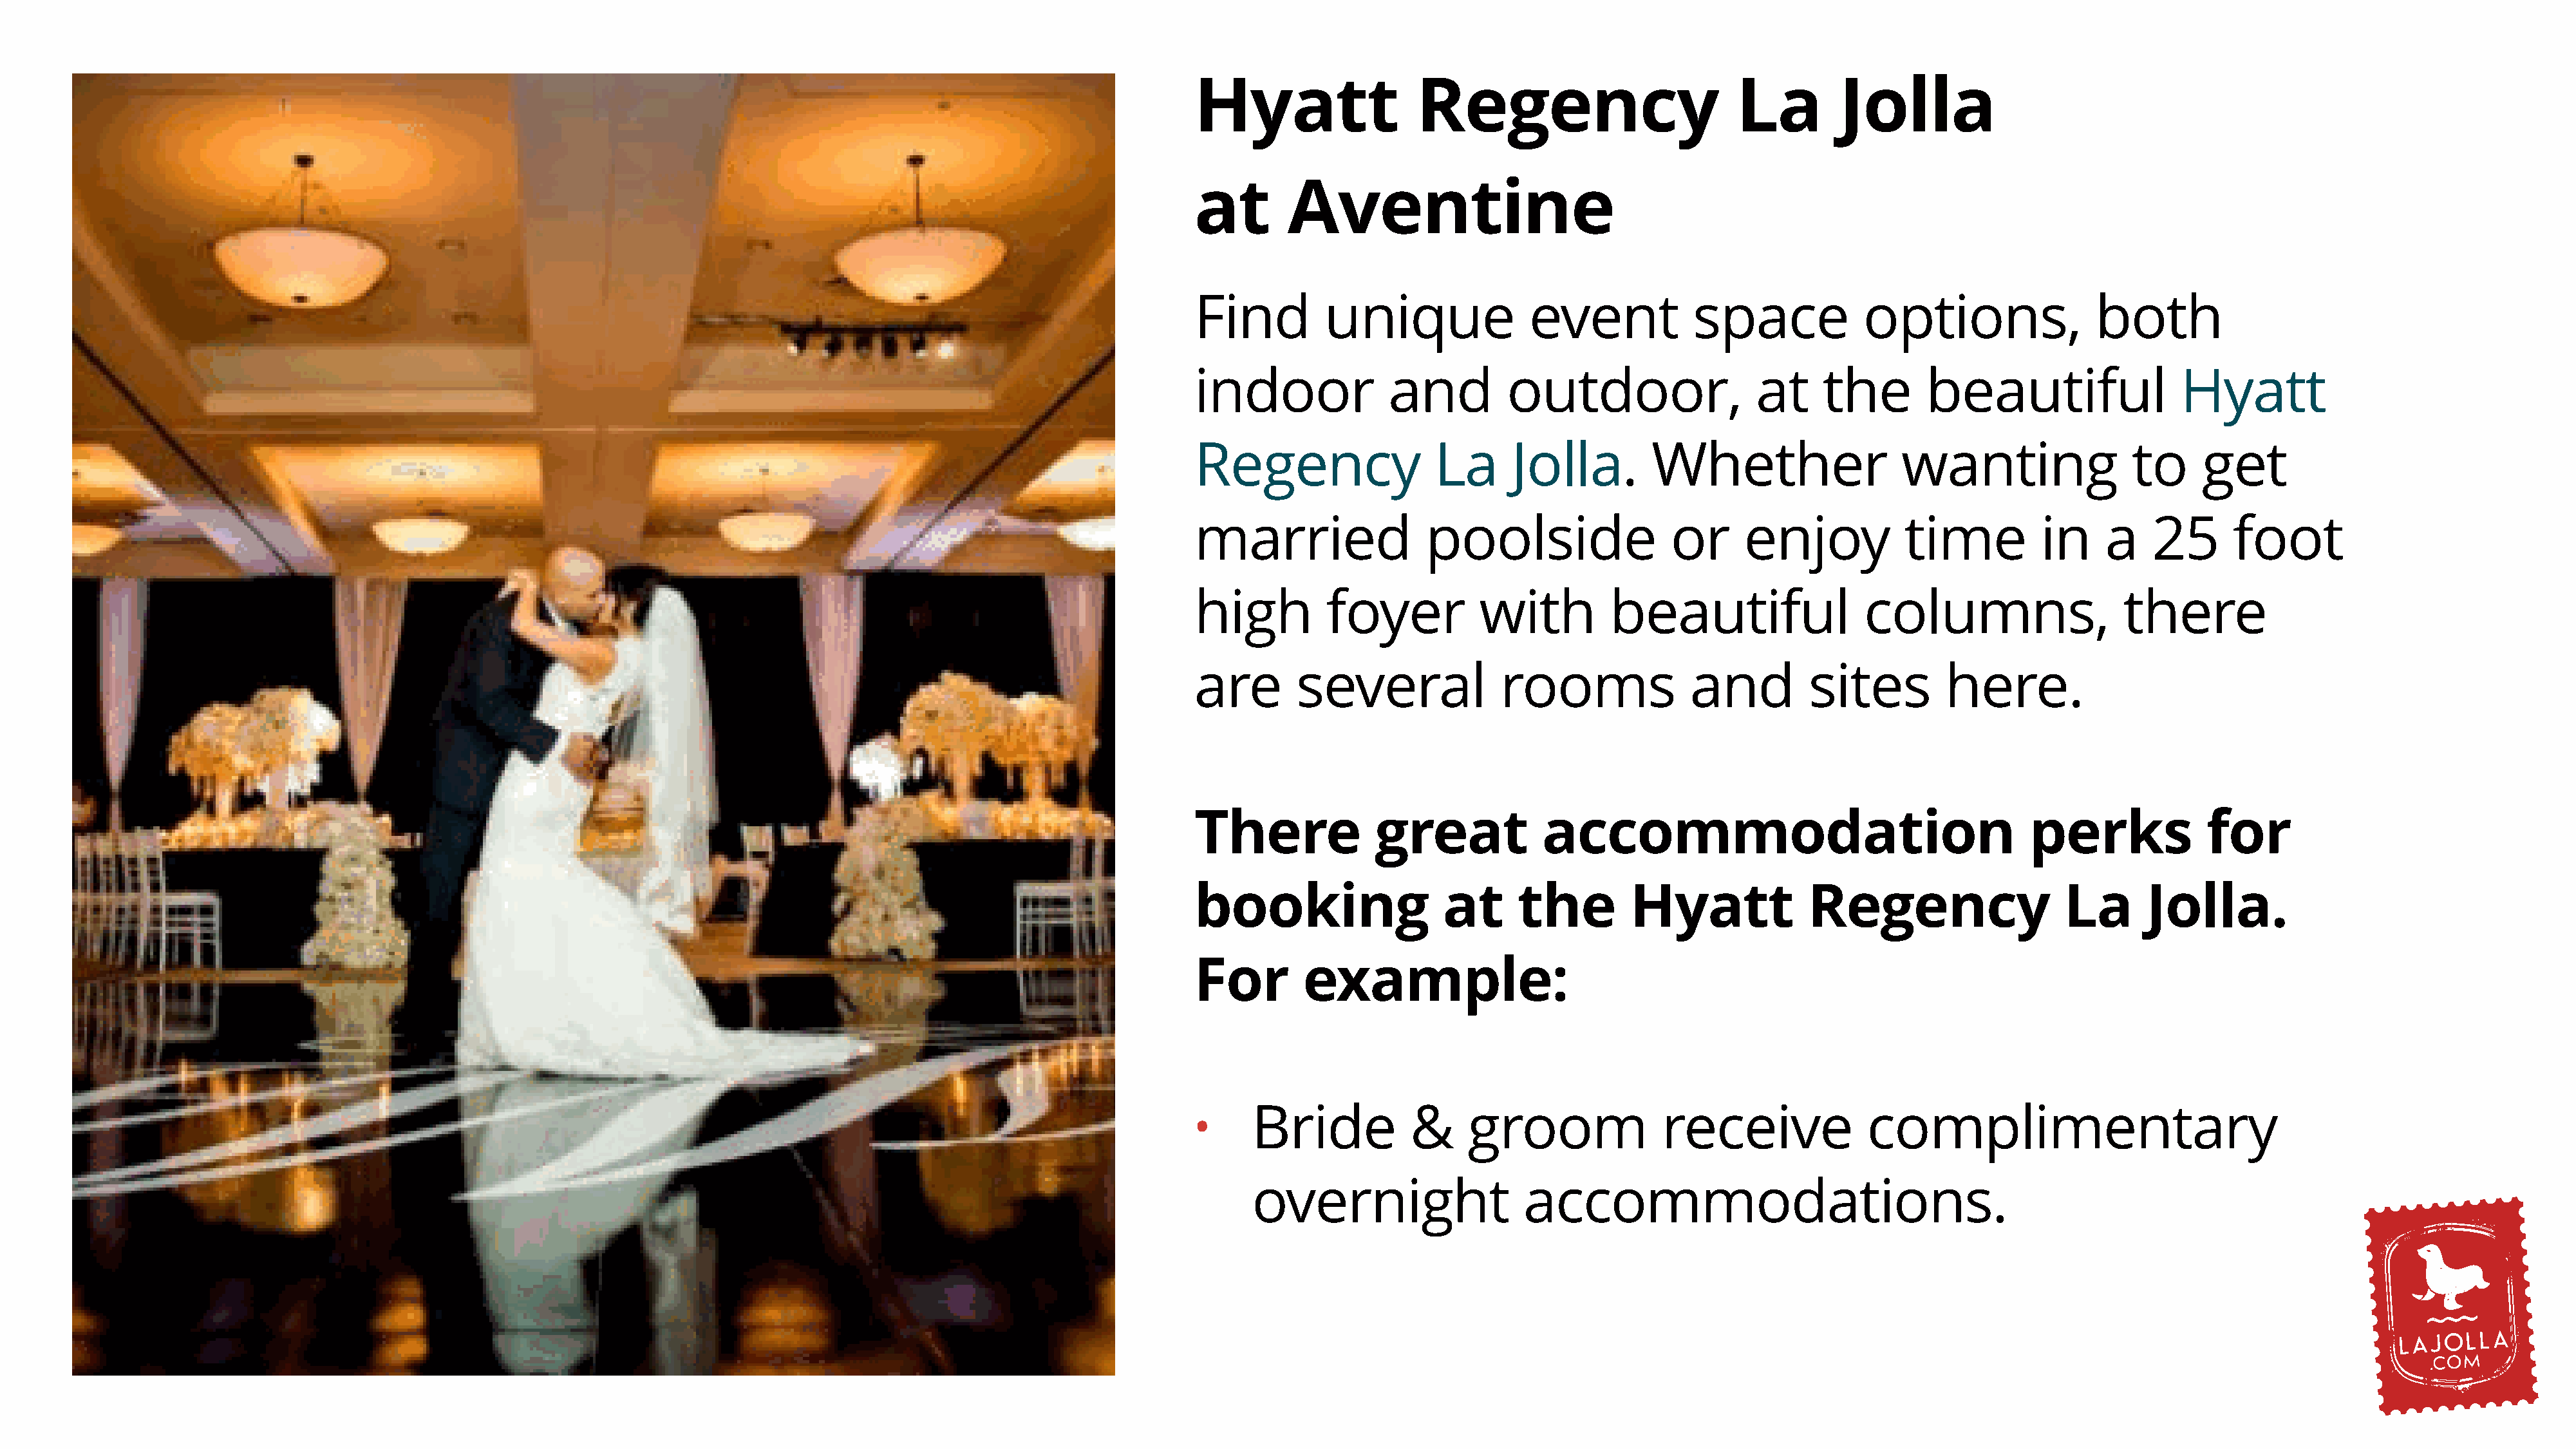
Hyatt                  Regency                         La         Jolla
 at       Aventine
 Find         unique               event            space             options,               both
 indoor              and         outdoor,                 at     the        beautiful                 Hyatt
 Regency                 La      Jolla.         Whether                  wanting                 to     get
 married                 poolside                 or     enjoy            time          in    a    25       foot
 high         foyer           with         beautiful                  columns,                  there
 are       several              rooms               and         sites         here.
 There             great             accommodation                                     perks             for
 booking                  at      the         Hyatt             Regency                   La       Jolla.
 For        example:
 Bride           &     groom               receive              complimentary
 •
 overnight                   accommodations.